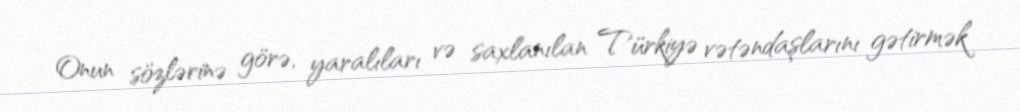
Onun sözlərinə görə, yaralıları və saxlanılan Türkiyə vətəndaşlarını gətirmək